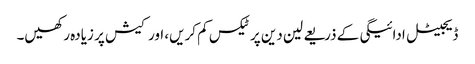
ڈیجیٹل ادائیگی کے ذریعے لین دین پر ٹیکس کم کریں، اور کیش پر زیادہ رکھیں۔